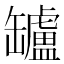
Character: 罏